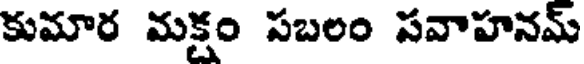
కుమార మక్షం సబలం సవాహనమ్